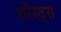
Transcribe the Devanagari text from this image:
घोस्ट्‌स